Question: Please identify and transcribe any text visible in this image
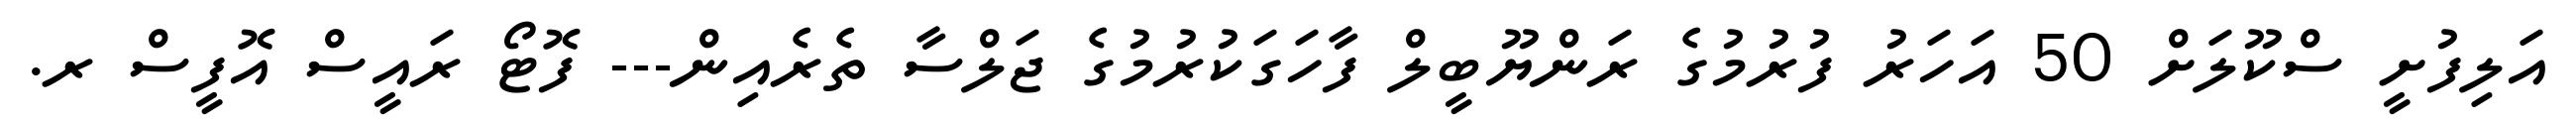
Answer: އަލިފުށީ ސްކޫލަށް 50 އަހަރު ފުރުމުގެ ރަންޔޫބީލް ފާހަގަކުރުމުގެ ޖަލްސާ ތެރެއިން--- ފޮޓޯ ރައީސް އޮފީސް ރ.